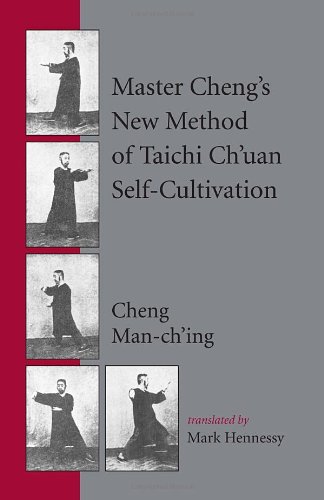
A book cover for Master Cheng's New Method of Taichi Ch'uan Self-Cultivation; Cheng Man-ch'ing Â ; Health, Fitness & Dieting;